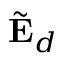
\tilde { \mathbf { E } } _ { d }